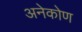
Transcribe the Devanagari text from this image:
अनेकोण